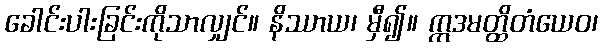
ခေါင်းပါးခြင်းကိုသာလျှင်။ နိဿာယ၊ မှီ၍။ ဣဒမတ္ထိတံယေဝ၊